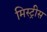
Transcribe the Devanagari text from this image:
मिस्ट्रीस